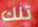
تلك